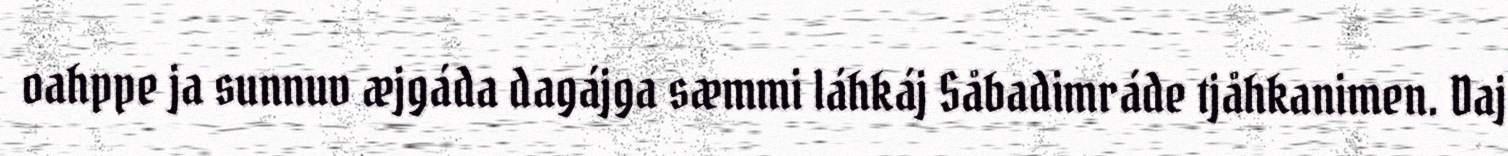
oahppe ja sunnuv æjgáda dagájga sæmmi láhkáj Såbadimráde tjåhkanimen. Daj